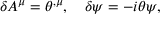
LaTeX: \delta A ^ { \mu } = \theta ^ { , \mu } , \quad \delta \psi = - i \theta \psi ,